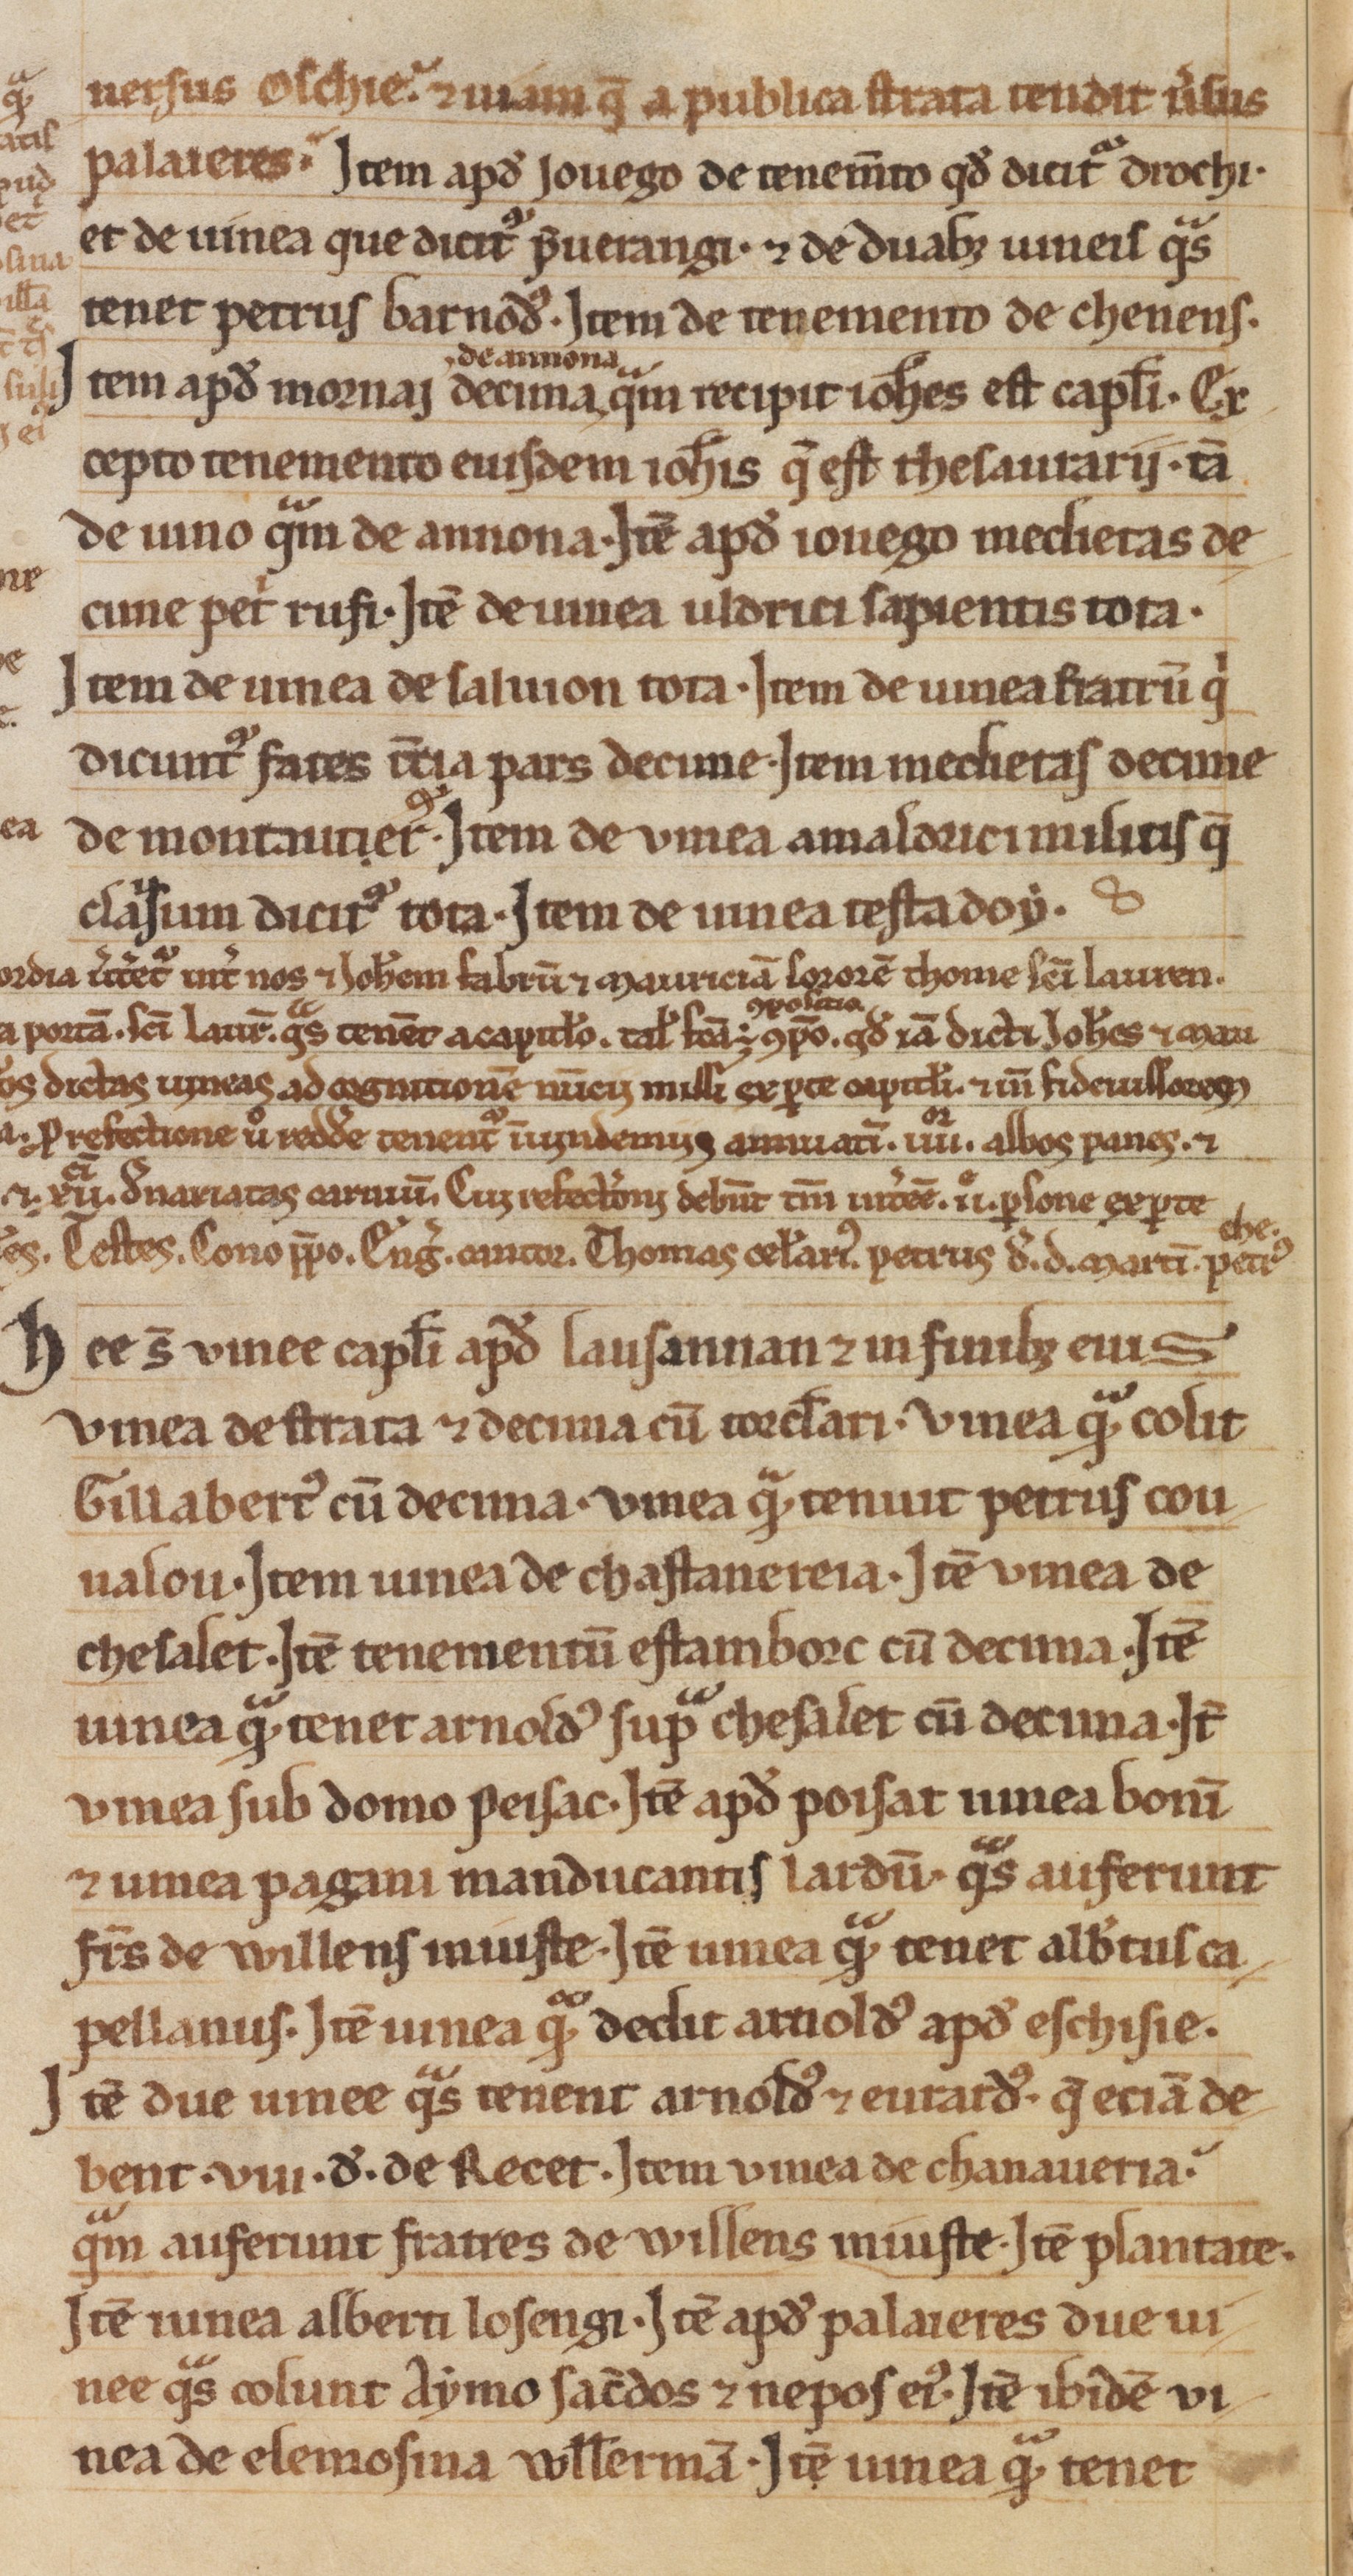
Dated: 1188–1257